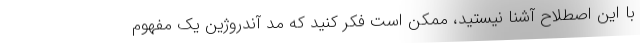
با این اصطلاح آشنا نیستید، ممکن است فکر کنید که مد آندروژین یک مفهوم